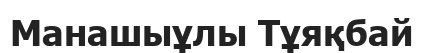
Манашыұлы Тұяқбай